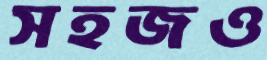
সহজও